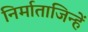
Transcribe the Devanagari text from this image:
निर्माताजिन्हें